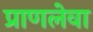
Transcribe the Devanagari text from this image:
प्राणलेवा